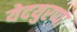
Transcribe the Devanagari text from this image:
येदयुरप्पा